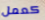
كعمل